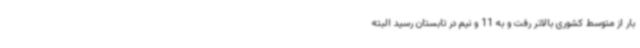
بار از متوسط کشوری بالاتر رفت و به 11 و نیم در تابستان رسید البته